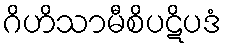
ဂိဟိသာမီစိပဋိပဒံ